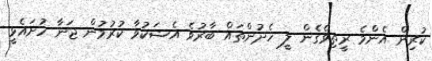
ކުރިން އެންމެ ރީތިވެގެން ލީ ހެދުންތައް ބާރުވެ އެޝަކުވާ ކުރުމުން ޖަނާ ހުށައެޅީ